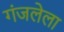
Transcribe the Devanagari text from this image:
गंजलेला